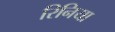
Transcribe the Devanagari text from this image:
रिनिया